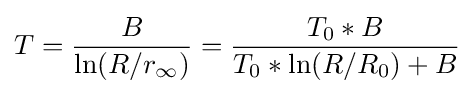
T={\frac {B}{\ln(R/r_{\infty })}}={\frac {T_{0}*B}{T_{0}*\ln(R/R_{0})+B}}